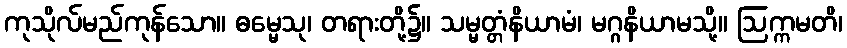
ကုသိုလ်မည်ကုန်သော။ ဓမ္မေသု၊ တရားတို့၌။ သမ္မတ္တံနိယာမံ၊ မဂ္ဂနိယာမသို့။ ဩက္ကမတိ၊